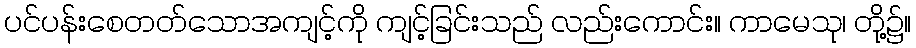
ပင်ပန်းစေတတ်သောအကျင့်ကို ကျင့်ခြင်းသည် လည်းကောင်း။ ကာမေသု၊ တို့၌။